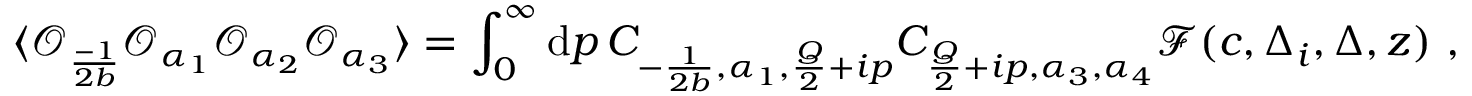
\langle \mathcal { O } _ { \frac { - 1 } { 2 b } } \mathcal { O } _ { \alpha _ { 1 } } \mathcal { O } _ { \alpha _ { 2 } } \mathcal { O } _ { \alpha _ { 3 } } \rangle = \int _ { 0 } ^ { \infty } \mathrm { { d } } p \, C _ { - \frac { 1 } { 2 b } , \alpha _ { 1 } , \frac { Q } { 2 } + i p } C _ { \frac { Q } { 2 } + i p , \alpha _ { 3 } , \alpha _ { 4 } } \mathcal { F } ( c , \Delta _ { i } , \Delta , z ) \ ,